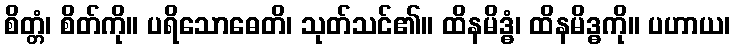
စိတ္တံ၊ စိတ်ကို။ ပရိသောဓေတိ၊ သုတ်သင်၏။ ထိနမိဒ္ဓံ၊ ထိနမိဒ္ဓကို။ ပဟာယ၊